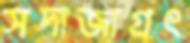
সদাজাগ্রৎ